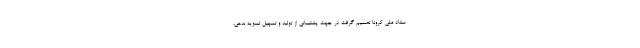
ستاد ملی کرونا تصمیم گرفت در جهت پشتیبانی از تولید و تسهیل تسویه بدهی،